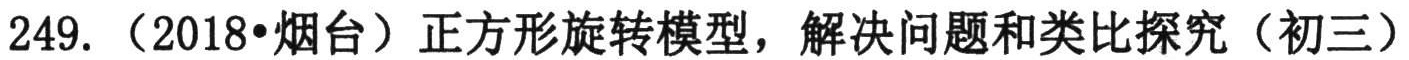
249. （2018•烟台）正方形旋转模型，解决问题和类比探究（初三）